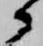
候